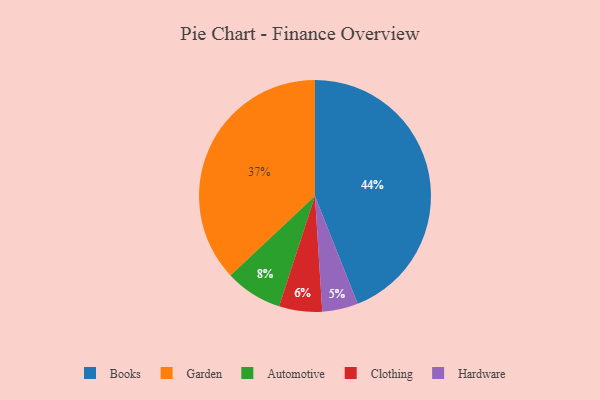
{"axis": {"x": "Category", "y": "Percentage"}, "legend": ["Automotive", "Books", "Clothing", "Garden", "Hardware"], "data": [{"x": "Books", "y": 44, "type": "Books"}, {"x": "Automotive", "y": 8, "type": "Automotive"}, {"x": "Clothing", "y": 6, "type": "Clothing"}, {"x": "Hardware", "y": 5, "type": "Hardware"}, {"x": "Garden", "y": 37, "type": "Garden"}]}